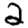
Digit: 2